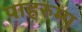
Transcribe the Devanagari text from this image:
पाहरुम्प